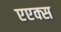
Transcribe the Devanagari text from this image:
एएक्स